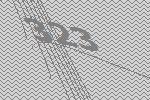
323